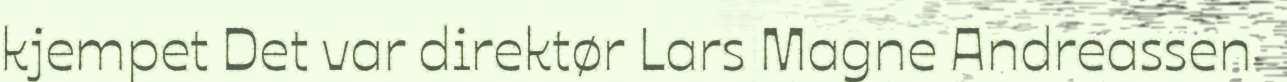
kjempet Det var direktør Lars Magne Andreassen